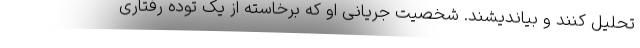
تحلیل کنند و بیاندیشند. شخصیت جریانی او که برخاسته از یک توده رفتاری